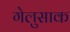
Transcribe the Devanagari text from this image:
गेलुसाक